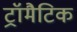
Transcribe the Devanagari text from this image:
ट्रॉमैटिक